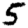
Digit: 5